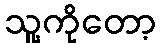
သူ့ကိုတော့